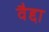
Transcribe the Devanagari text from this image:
वैद्दा